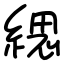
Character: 緦